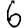
Digit: 6